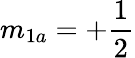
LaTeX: m_{1a}=+\frac{1}{2}